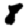
Digit: 8